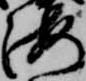
海